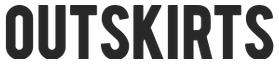
OUTSKIRTS